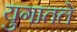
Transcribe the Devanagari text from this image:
युगातले